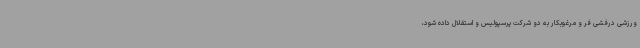
ورزشی درفشی فر و مرغوبکار به دو شرکت پرسپولیس و استقلال داده شود،